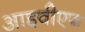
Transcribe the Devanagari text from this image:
आइवीएफ